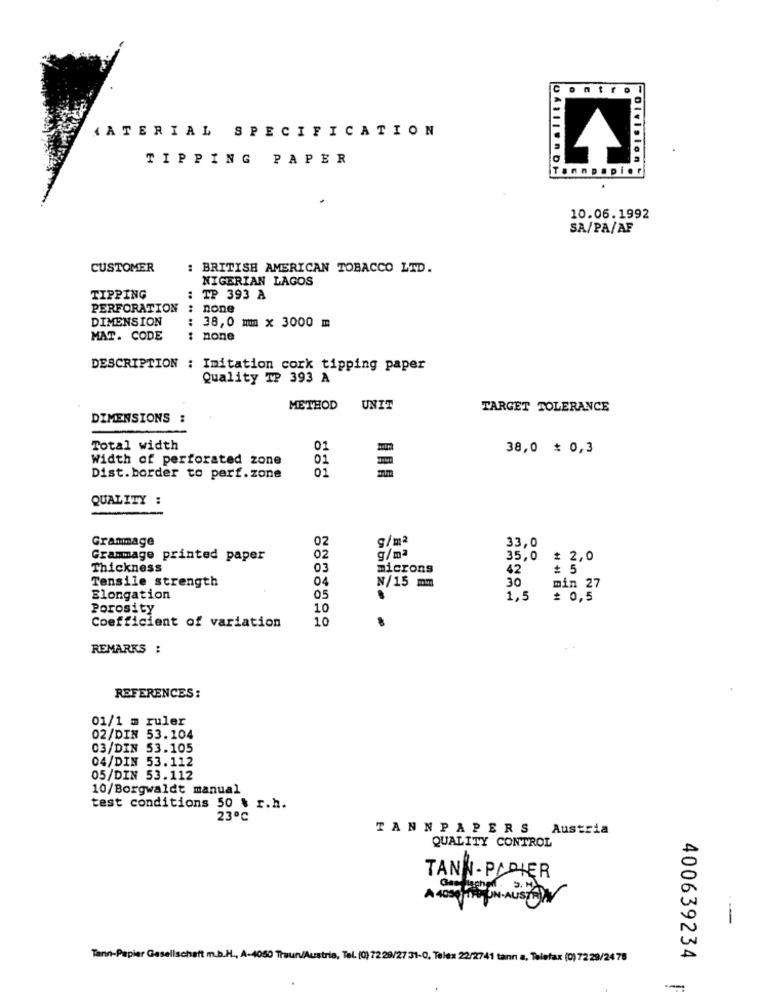
ontro
MATERIAL SPECIFICATION
TIPPING PAPER
Division
Tannpapier
10.06.1992
SA/PA/AF
CUSTOMER
: BRITISH AMERICAN TOBACCO LTD.
NIGERIAN LAGOS
TIPPING
: TP 393 A
PERFORATION
none
DIMENSION
: 38,0 mm x 3000 m
MAT. CODE
: none
DESCRIPTION : Imitation cork tipping paper
Quality TP 393 A
METHOD UNIT
TARGET TOLERANCE
DIMENSIONS :
Total width
01
38,0 * 0,3
Width of perforated zone
01
01
Dist.border to perf.zone
QUALITY :
Grammage
02
g/m2
33,0
Grammage printed paper
02
g/mª
35,0
£ 2,0
Thickness
03
microns
42
# 5
Tensile strength
30
04
N/15 mm
min 27
Elongation
05
1,5
= 0,5
Porosity
10
Coefficient of variation
10
REMARKS :
REFERENCES:
01/1 m ruler
02/DIN 53.104
03/DIN 53.105
04/DIN 53.112
05/DIN 53.112
10/Borgwaldt manual
test conditions 50 % r.h.
23℃
TANNPAPERS Austria
QUALITY CONTROL
TANN- PAPIER
-
Tann-Papier Gesellschaft m.b.H ., A-4050 Traun/Austria, Tel. (0)72 29/27 31-0, Telex 22/2741 tann a, Telefax (0) 72 29/24 75
400639234
--